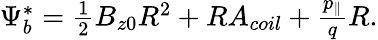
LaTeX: \begin{array}{r}{\Psi_{b}^{*}=\frac{1}{2}B_{z0}R^{2}+RA_{coil}+\frac{p_{\| }}{q}R.}\end{array}